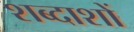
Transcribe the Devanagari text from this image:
शब्दाशों